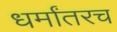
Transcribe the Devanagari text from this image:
धर्मांतरच